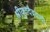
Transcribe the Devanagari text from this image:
श्रीयुतदैववादी